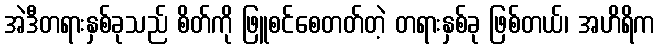
အဲဒီတရားနှစ်ခုသည် စိတ်ကို ဖြူစင်စေတတ်တဲ့ တရားနှစ်ခု ဖြစ်တယ်၊ အဟိရိက